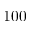
1 0 0